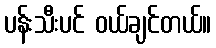
ပန်းသီးပင် ဝယ်ချင်တယ်။